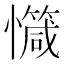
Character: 𢤝